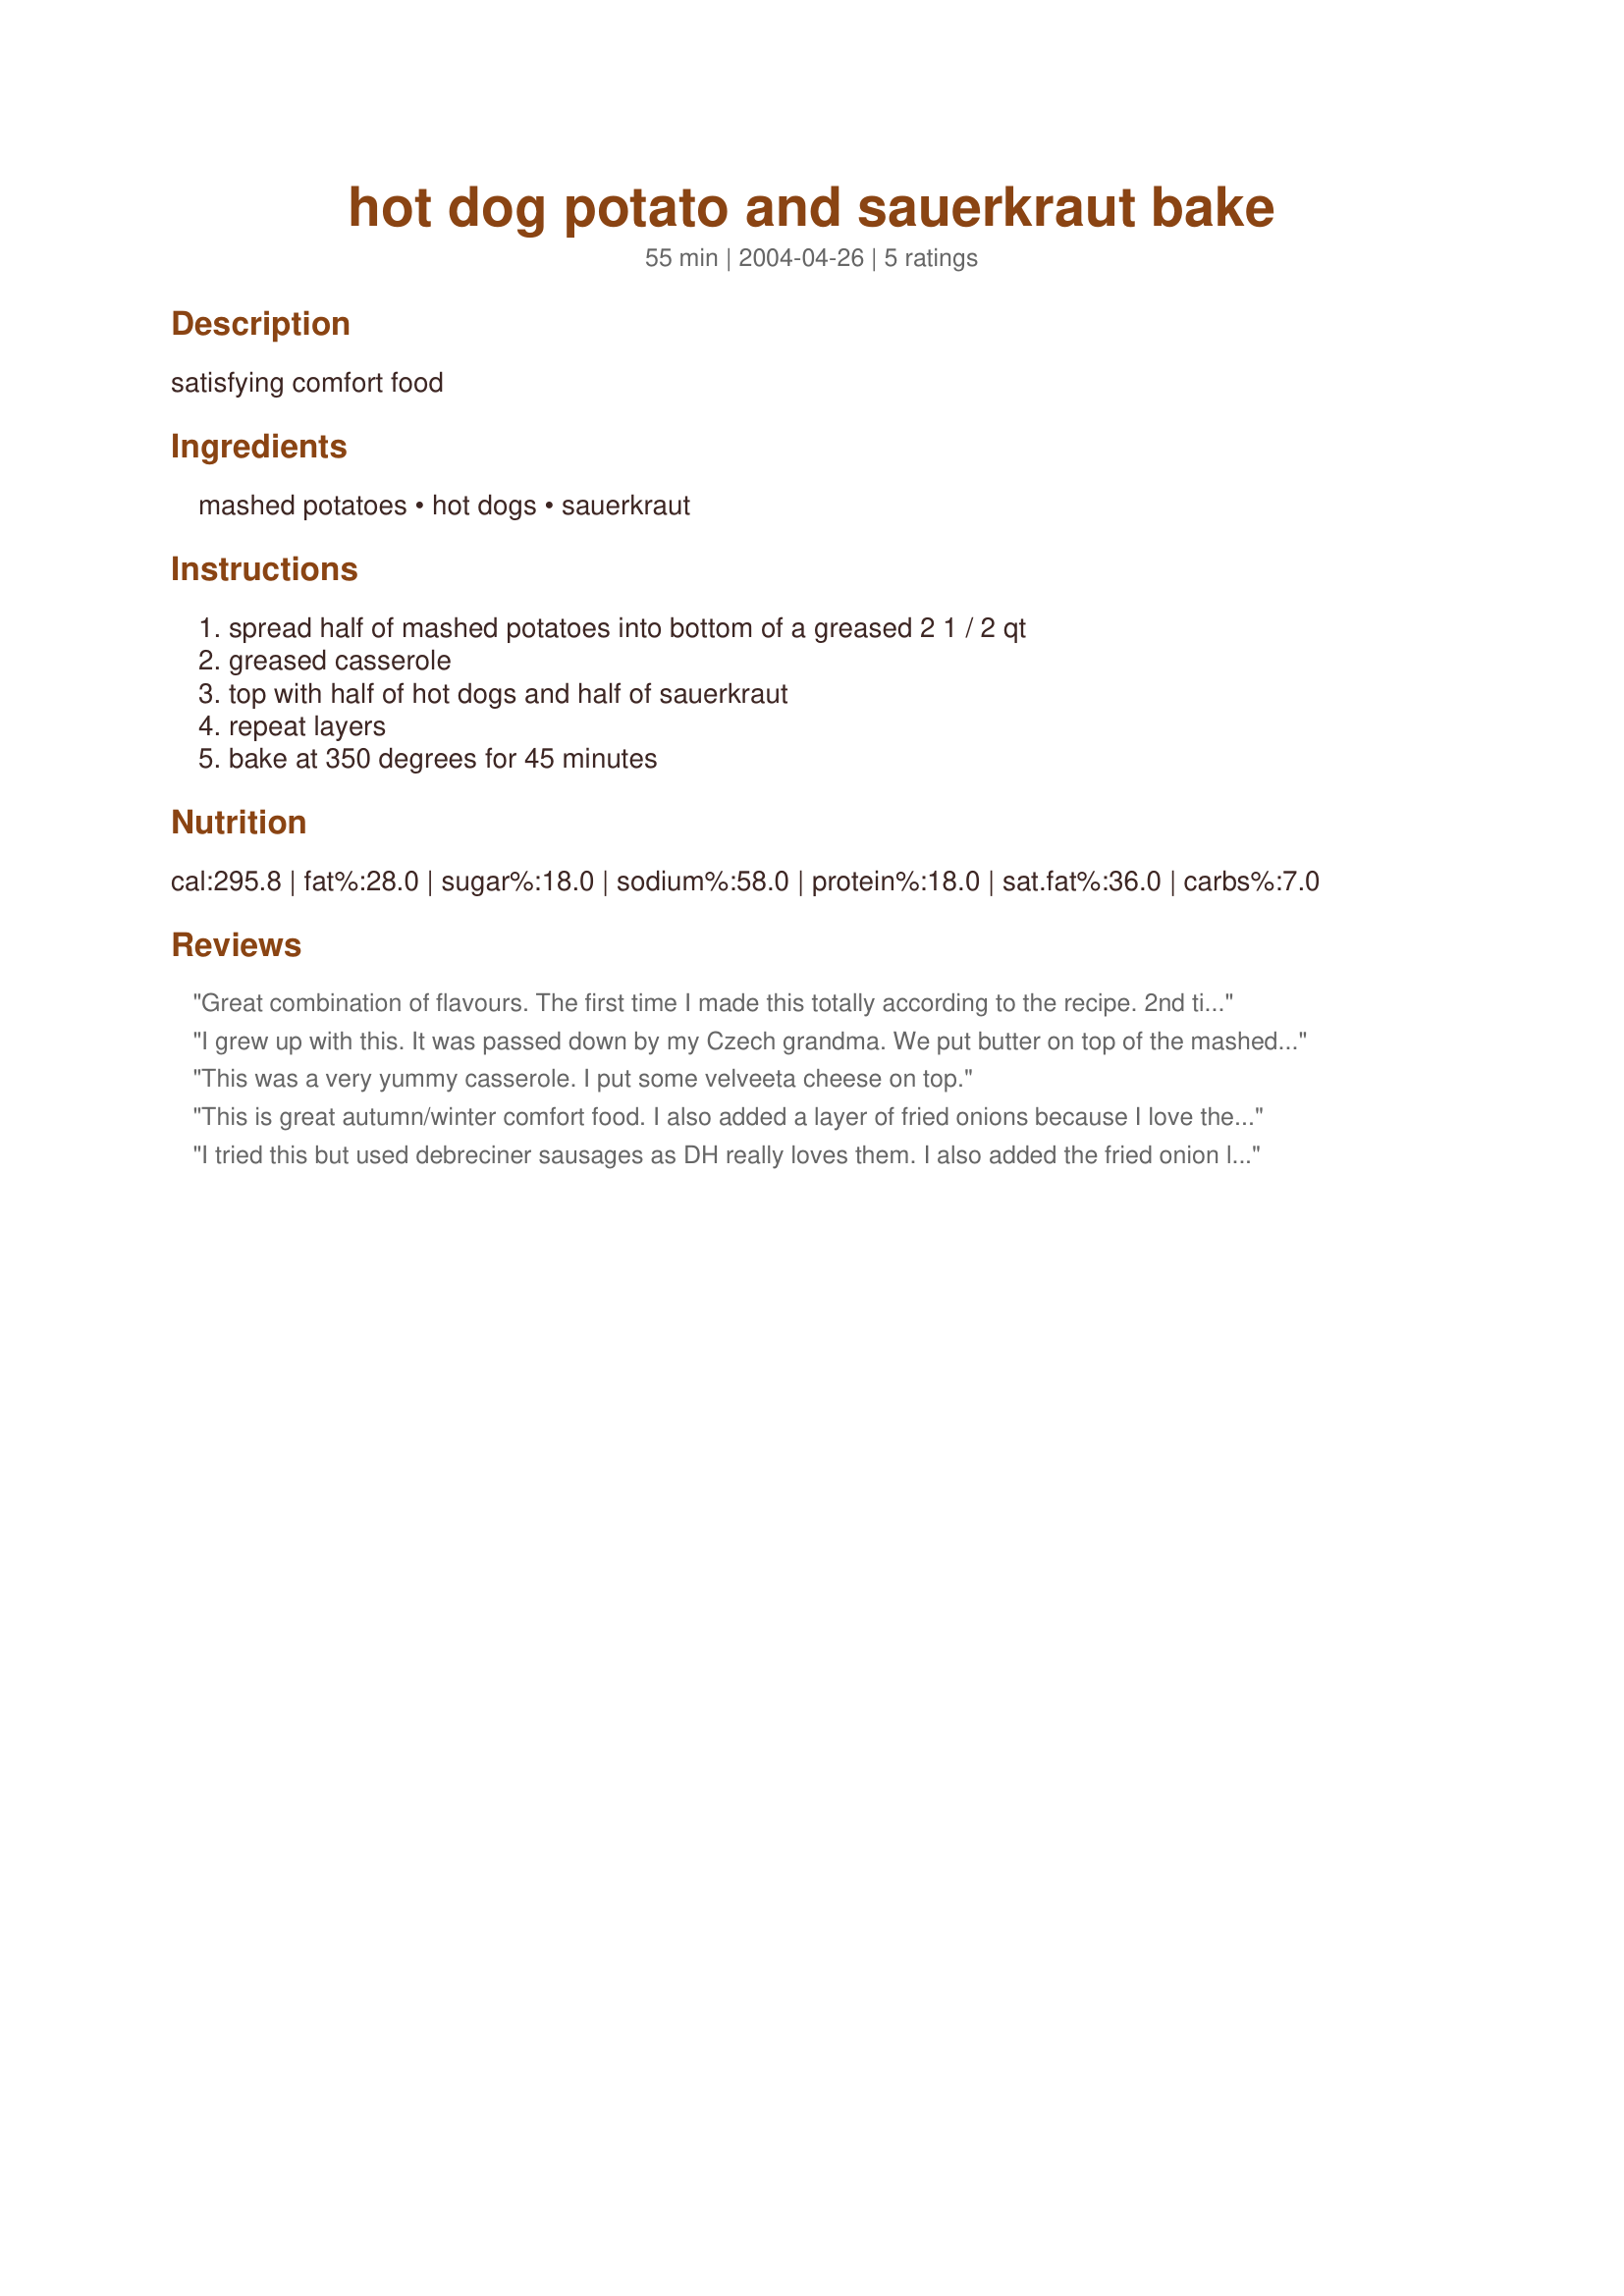
hot dog potato and sauerkraut bake
Preparation time: 55 minutes

satisfying comfort food

Ingredients:
mashed potatoes, hot dogs, sauerkraut

Steps:
spread half of mashed potatoes into bottom of a greased 2 1 / 2 qt, greased casserole, top with half of hot dogs and half of sauerkraut, repeat layers, bake at 350 degrees for 45 minutes

Reviews:
Great combination of flavours. The first time I made this totally according to the recipe. 2nd time I put sauerkraut on the botton, then hotdogs, and potatoes on top. I thought the sauerkraut cooked more thoroughly this way.
I grew up with this. It was passed down by my Czech grandma. We put butter on top of the mashed potatoes so that they brown a little better.
This was a very yummy casserole. I put some velveeta cheese on top.
This is great autumn/winter comfort food. I also added a layer of fried onions because I love them with mash and sauerkraut. The only thing I might do different next time is not to drain the sauerkraut as much as the whole bake was a little on the dry side and in my opinion would have benefited from using some of the sauerkraut juice. My BF's sister who is a picky eater and had never had sauerkraut liked it as well!
I tried this but used debreciner sausages as DH really loves them. I also added the fried onion layer as suggested by Sylvie77. Turned out fantastic. Even the kids thought it was tasty.Thanks
If you like sauerkrout this is a great dish to try.
